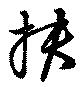
扶